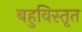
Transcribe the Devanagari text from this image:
बहुविस्तृत